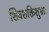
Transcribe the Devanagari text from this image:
शिवशक्तिशुभ्राः